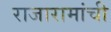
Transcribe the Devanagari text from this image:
राजारामांची